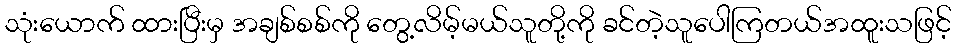
သုံးယောက် ထားပြီးမှ အချစ်စစ်ကို တွေ့လိမ့်မယ်သူတို့ကို ခင်တဲ့သူပေါကြတယ်အထူးသဖြင့်